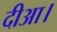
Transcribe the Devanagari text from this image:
दीआ।